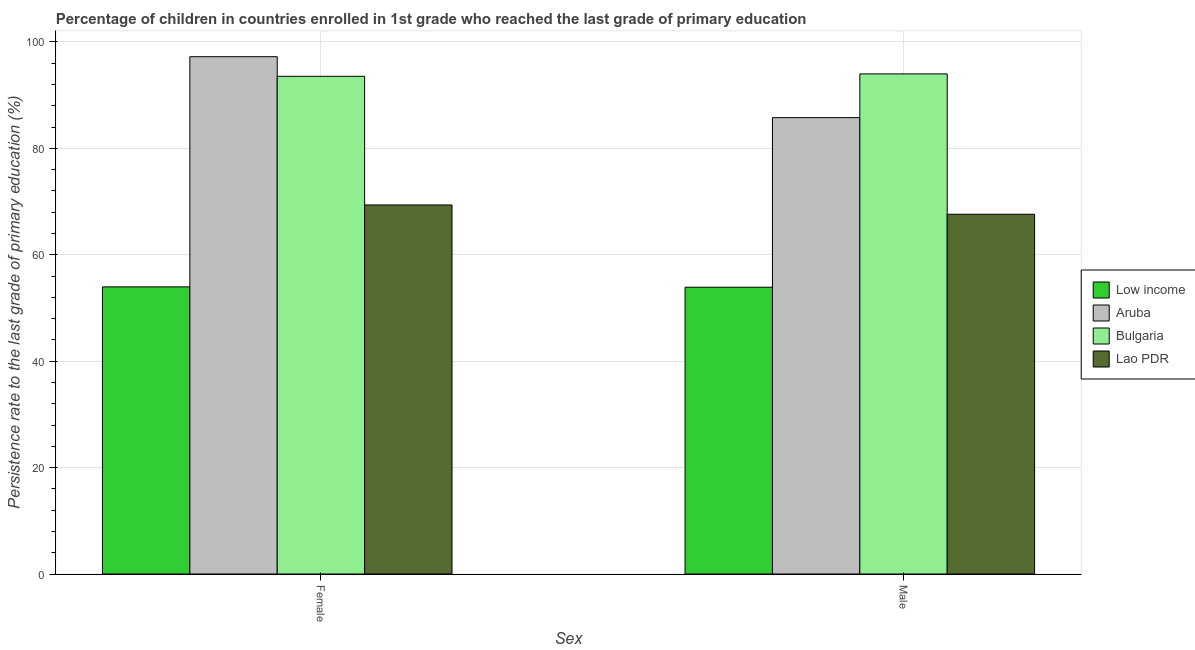
| Sex | Low income | Aruba | Bulgaria | Lao PDR |
 | --- | --- | --- | --- | --- |
 | Female | 54 | 97.2 | 93.5 | 69.4 |
 | Male | 53.9 | 85.8 | 94 | 67.6 |